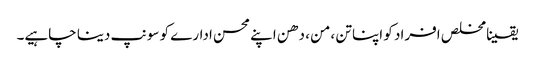
یقینا مخلص افراد کو اپنا تن ،من ، دھن اپنے محسن ادارے کو سونپ دینا چاہیے۔